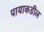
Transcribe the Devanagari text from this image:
पायाकडील